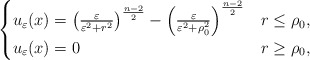
\begin{align*}\begin{cases} u_\varepsilon(x)=\left(\frac{\varepsilon}{\varepsilon^2+r^2} \right)^{\frac{n-2}{2}}-\left(\frac{\varepsilon}{\varepsilon^2+\rho_0^2} \right)^{\frac{n-2}{2}} & r\leq \rho_0,\\ u_\varepsilon(x) = 0 & r\geq \rho_0, \end{cases} \end{align*}